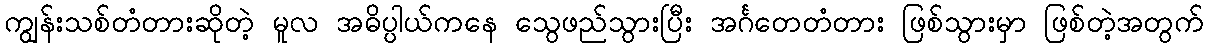
ကျွန်းသစ်တံတားဆိုတဲ့ မူလ အဓိပ္ပါယ်ကနေ သွေဖည်သွားပြီး အင်္ဂတေတံတား ဖြစ်သွားမှာ ဖြစ်တဲ့အတွက်